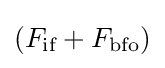
\left(F_{\text{if}}+F_{\text{bfo}}\right)